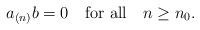
LaTeX: \begin{align*}a_{(n)}b = 0\quad\mbox{for all}\quad n\geq n_0.\end{align*}